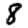
Digit: 8